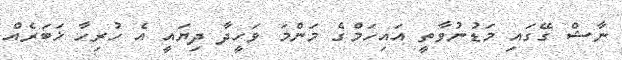
ނާޝް ގޭގައި މަޑުނުވާތީ އައިހަމްގެ މަންމަ ވަހީދާ ދިޔައީ އެ ހުރިހާ ޚަބަރެއް